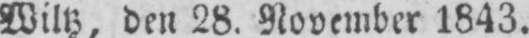
Wiltz, den 28. November 1843.